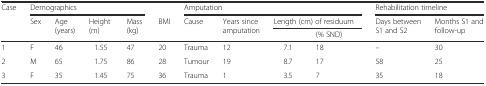
| <ROWSPAN=3> Case | <COLSPAN=4> Demographics |  | <COLSPAN=4> Amputation | <COLSPAN=2> Rehabilitation timeline |
 | <ROWSPAN=2> Sex | <ROWSPAN=2> Age (years) | <ROWSPAN=2> Height (m) | <ROWSPAN=2> Mass (kg) | <ROWSPAN=2> BMI | <ROWSPAN=2> Cause | <ROWSPAN=2> Years since amputation | <COLSPAN=2> Length (cm) of residuum | <ROWSPAN=2> Days between S1 and S2 | <ROWSPAN=2> Months S1 and follow-up |
 |  | (% SND) |
 | --- | --- | --- | --- | --- | --- | --- | --- | --- | --- | --- | --- |
 | 1 | F | 46 | 1.55 | 47 | 20 | Trauma | 12 | 7.1 | 18 | – | 30 |
 | 2 | M | 65 | 1.75 | 86 | 28 | Tumour | 19 | 8.7 | 17 | 58 | 25 |
 | 3 | F | 35 | 1.45 | 75 | 36 | Trauma | 1 | 3.5 | 7 | 35 | 18 |